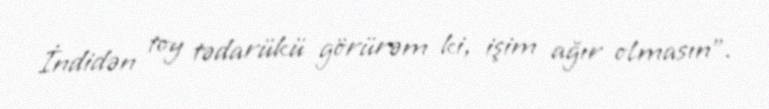
İndidən toy tədarükü görürəm ki, işim ağır olmasın”.